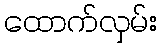
ထောက်လှမ်း